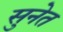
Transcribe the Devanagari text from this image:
सुनेत